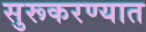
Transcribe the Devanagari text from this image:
सुरूकरण्यात